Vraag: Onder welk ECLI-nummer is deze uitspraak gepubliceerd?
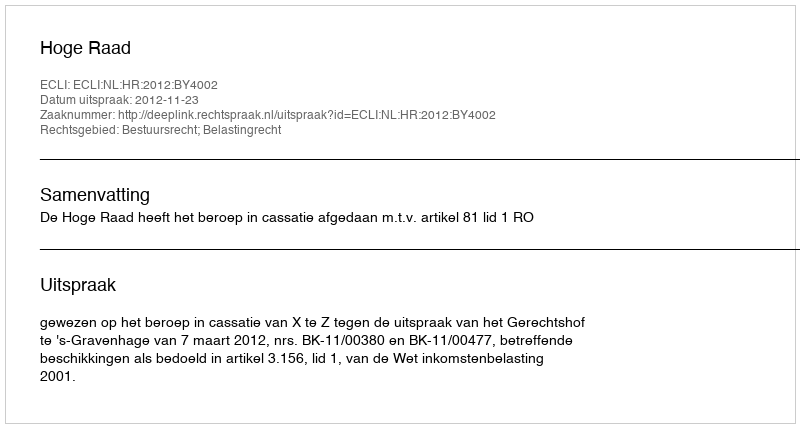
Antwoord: ECLI:NL:HR:2012:BY4002